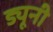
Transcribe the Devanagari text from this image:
ड्यूनी